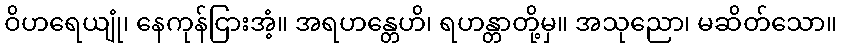
ဝိဟရေယျုံ၊ နေကုန်ငြားအံ့။ အရဟန္တေဟိ၊ ရဟန္တာတို့မှ။ အသုညော၊ မဆိတ်သော။